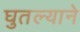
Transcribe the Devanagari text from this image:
घुतल्याने